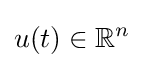
u(t)\in \mathbb {R} ^{n}